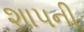
શાપની